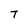
Character: 7